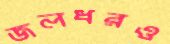
জলধরও